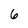
Character: 6